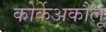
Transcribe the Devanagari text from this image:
कोर्केअकौलू